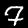
Label: 7